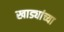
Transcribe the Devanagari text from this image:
खाड्यांच्या